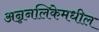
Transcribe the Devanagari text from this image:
अन्ननलिकेमधील